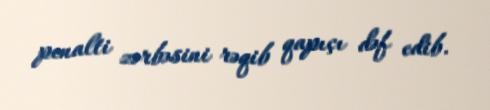
penalti zərbəsini rəqib qapıçı dəf edib.